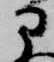
部